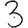
Digit: 3